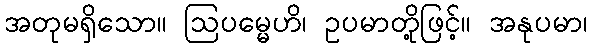
အတုမရှိသော။ ဩပမ္မေဟိ၊ ဥပမာတို့ဖြင့်။ အနုပမာ၊